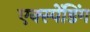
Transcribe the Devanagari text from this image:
एक्स्पेंडिंग